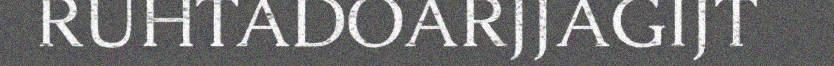
RUHTADOARJJAGIJT